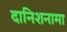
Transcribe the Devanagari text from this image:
दानिशनामा